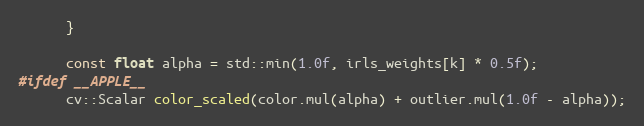
Language: C++
      }

      const float alpha = std::min(1.0f, irls_weights[k] * 0.5f);
#ifdef __APPLE__
      cv::Scalar color_scaled(color.mul(alpha) + outlier.mul(1.0f - alpha));